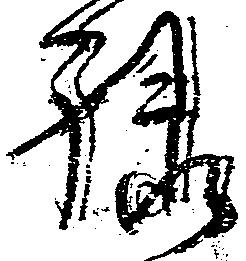
禄